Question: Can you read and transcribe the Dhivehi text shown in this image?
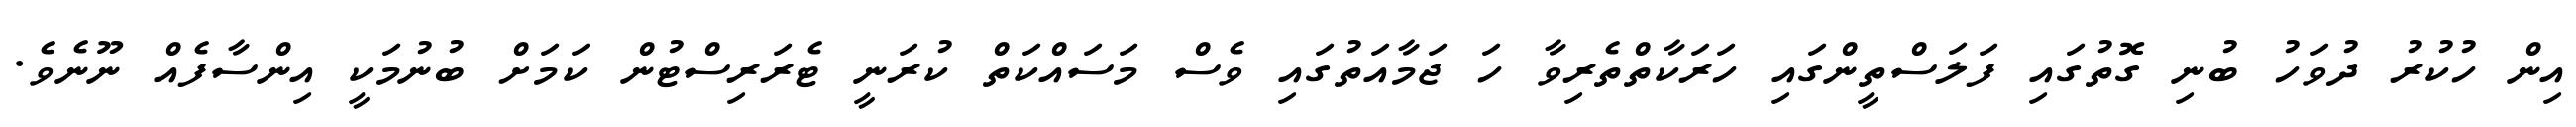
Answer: އިން ހުކުރު ދުވަހު ބުނި ގޮތުގައި ފަލަސްތީންގައި ހަރަކާތްތެރިވާ ހަ ޖަމާއަތުގައި ވެސް މަސައްކަތް ކުރަނީ ޓެރަރިސްޓުން ކަމަށް ބުނުމަކީ އިންސާފެއް ނޫނެވެ.